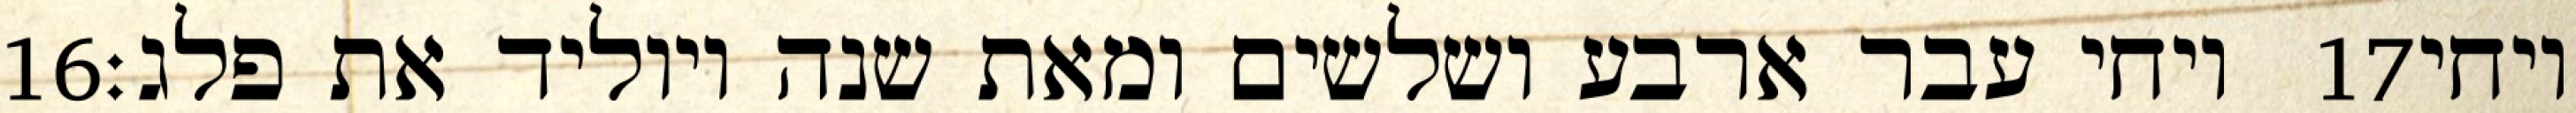
‎16‏ ויחי עבר ארבע ושלשים ומאת שנה ויוליד את פלג׃ ‎17‏ ויחי